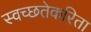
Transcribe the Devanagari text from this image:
स्वच्छतेकरिता